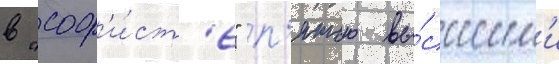
в "соф'и́ст'е" п'ятью вы́сшим'и